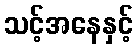
သင့်အနေနှင့်